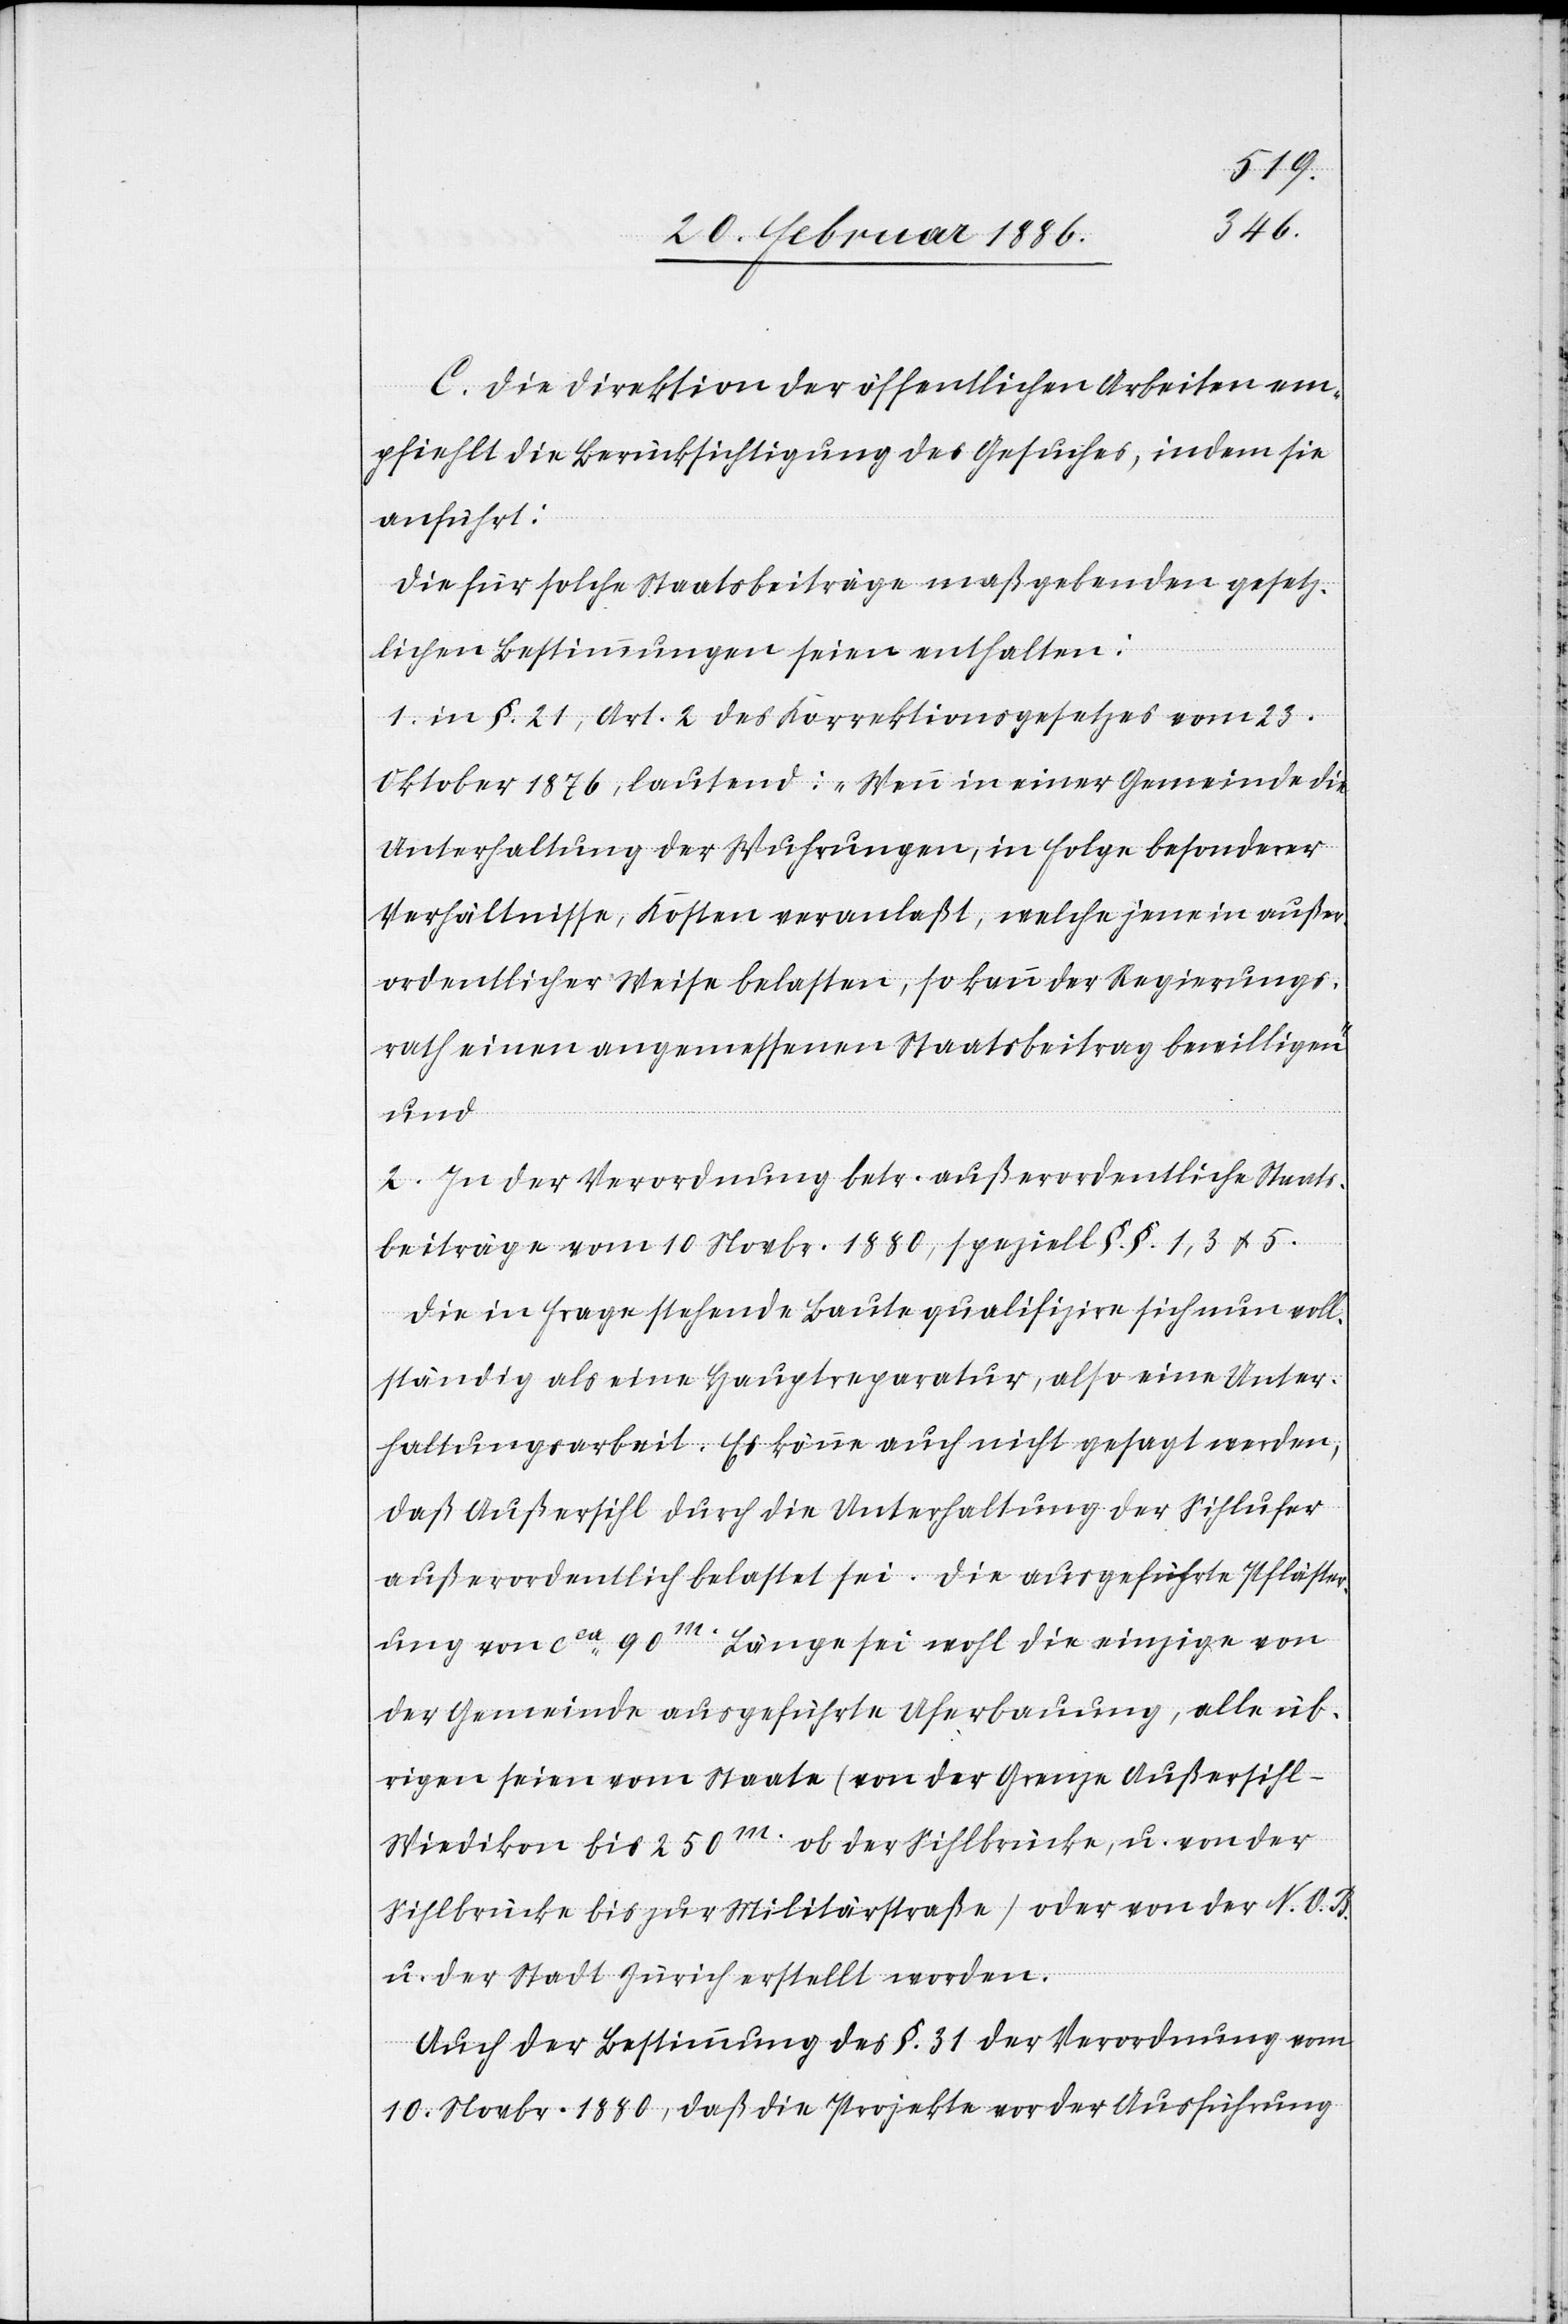
C. Die Direktion der öffentlichen Arbeiten em¬
pfiehlt die Berücksichtigung des Gesuches, indem sie
anführt:
Die für solche Staatsbeiträge maßgebenden gesetz¬
lichen Bestimmungen seien enthalten:
1. In §. 21, Art. 2 des Korrektionsgesetzes vom 23.
Oktober 1876, lautend: „Wenn in einer Gemeinde die
Unterhaltung der Wuhrungen, in Folge besonderer
Verhältnisse, Kosten veranlaßt, welche jene in außer¬
ordentlicher Weise belasten, so kann der Regierungs¬
rath eine angemessene Staatsbeitrag bewilligen“
und
2. In der Verordnung betr. außerordentliche Staats¬
beiträge vom 10. Novbr. 1880, speziell §. §. 1, 3 & 5.
Die in Frage stehende Baute qualifiziere sich nun voll¬
ständig als eine Hauptreparatur, also eine Unter¬
haltungsarbeit. Es könne auch nicht gesagt werden,
daß Außersihl durch die Unterhaltung der Sihlufer
außerordentlich belastet sei. Die ausgeführte Pfläster¬
ung von cca 90m. Länge sei wohl die einzige von
der Gemeinde ausgeführte Uferbauung, alle üb¬
rigen seien vom Staate (von der Grenze Außersihl–W¬
iedikon bis 250m. ob der Sihlbrücke, u. von der
Sihlbrücke bis zur Militärstraße) oder von der N. O.
u. der Stadt Zürich erstellt worden.
Auch der Bestimmung des §. 31 der Verordnung vom
10. Novbr. 1990, daß die Projekte vor der Ausführung